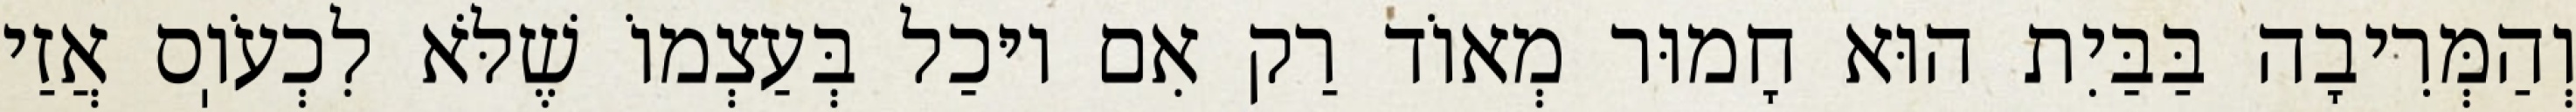
וְהַמְּרִיבָה בַּבַּיִת הוּא חָמוּר מְאוֹד רַק אִם יוּכַל בְּעַצְמוֹ שֶׁלֹּא לִכְעֹוֽס אֲזַי